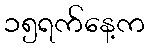
၁၅ရက်နေ့က